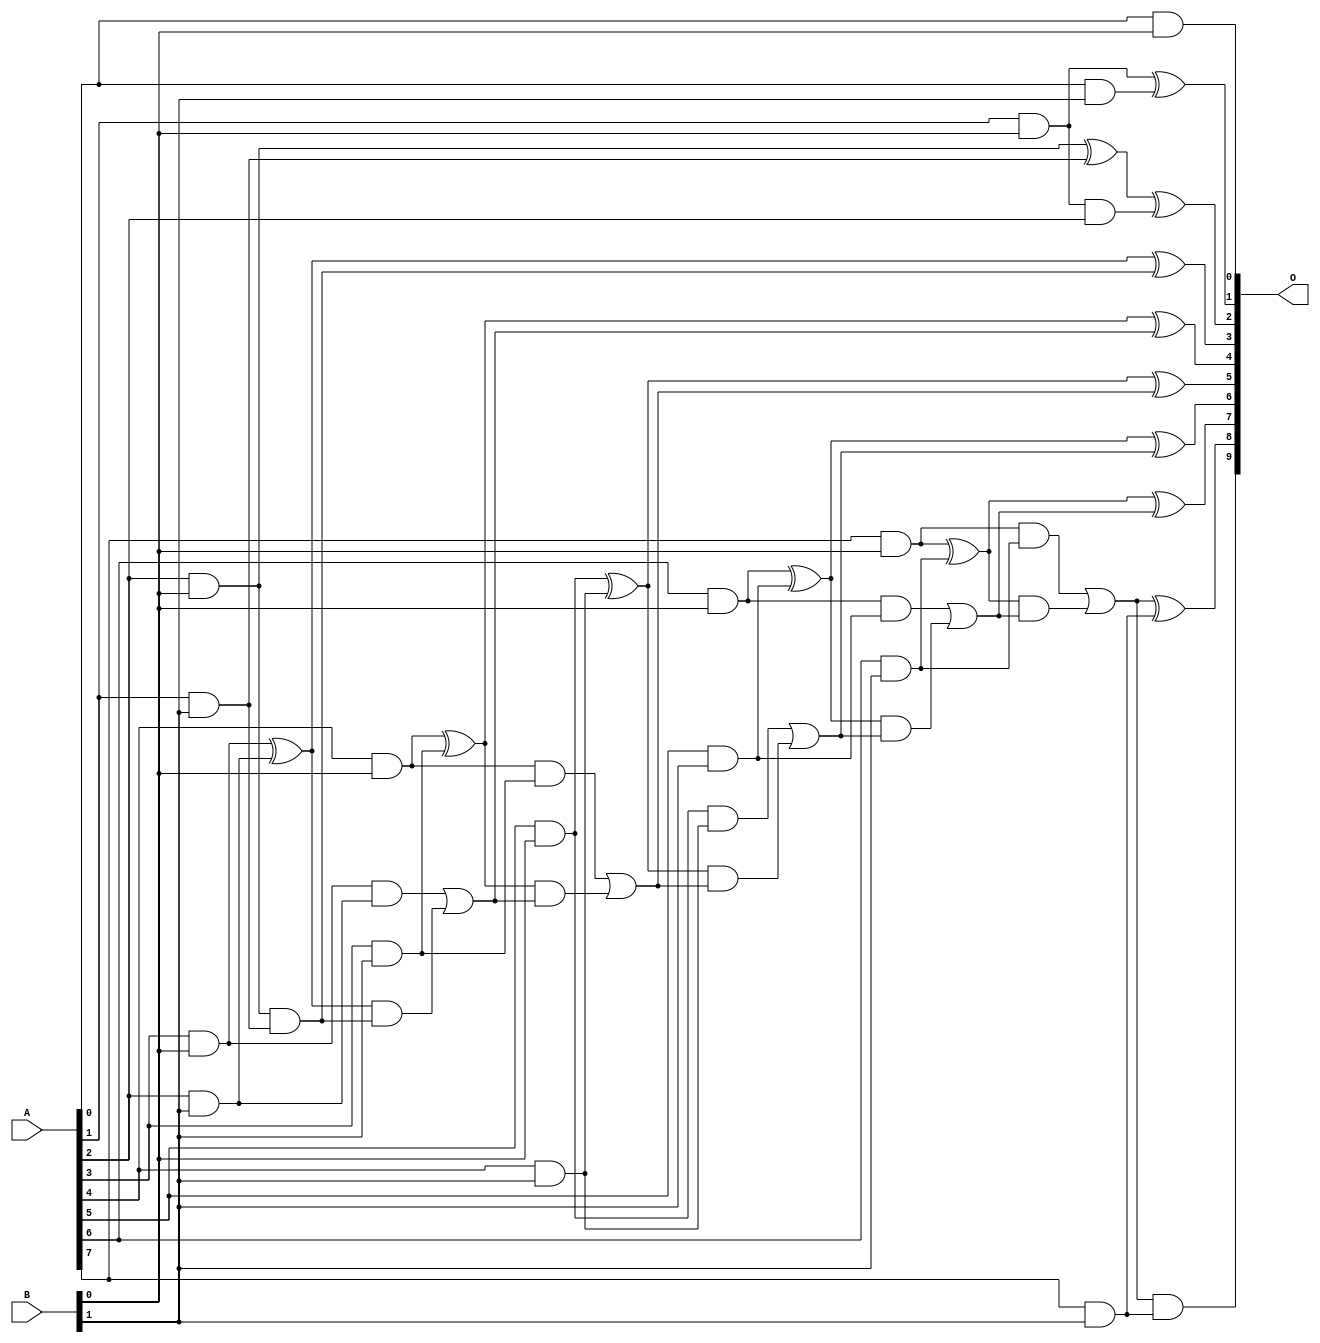
/***
* This code is a part of EvoApproxLib library (ehw.fit.vutbr.cz/approxlib) distributed under The MIT License.
* When used, please cite the following article(s): V. Mrazek, L. Sekanina, Z. Vasicek "Libraries of Approximate Circuits: Automated Design and Application in CNN Accelerators" IEEE Journal on Emerging and Selected Topics in Circuits and Systems, Vol 10, No 4, 2020 
* This file contains a circuit from a sub-set of pareto optimal circuits with respect to the pwr and ep parameters
***/
// MAE% = 0.049 %
// MAE = 0.5 
// WCE% = 0.39 %
// WCE = 4.0 
// WCRE% = 66.67 %
// EP% = 12.50 %
// MRE% = 0.81 %
// MSE = 2.0 
// PDK45_PWR = 0.030 mW
// PDK45_AREA = 112.2 um2
// PDK45_DELAY = 0.58 ns

module mul8x2u_166 (
    A,
    B,
    O
);

input [7:0] A;
input [1:0] B;
output [9:0] O;

wire sig_10,sig_11,sig_12,sig_13,sig_14,sig_15,sig_16,sig_17,sig_18,sig_19,sig_20,sig_21,sig_22,sig_23,sig_24,sig_25,sig_26,sig_27,sig_28,sig_29;
wire sig_31,sig_33,sig_34,sig_35,sig_36,sig_37,sig_38,sig_39,sig_40,sig_41,sig_42,sig_43,sig_44,sig_45,sig_46,sig_47,sig_48,sig_49,sig_50,sig_51;
wire sig_52,sig_53,sig_54,sig_55,sig_56,sig_57,sig_58,sig_59;

assign sig_10 = A[0] & B[0];
assign sig_11 = A[1] & B[0];
assign sig_12 = A[2] & B[0];
assign sig_13 = A[3] & B[0];
assign sig_14 = A[4] & B[0];
assign sig_15 = A[5] & B[0];
assign sig_16 = A[6] & B[0];
assign sig_17 = A[7] & B[0];
assign sig_18 = A[0] & B[1];
assign sig_19 = A[1] & B[1];
assign sig_20 = A[2] & B[1];
assign sig_21 = A[3] & B[1];
assign sig_22 = A[4] & B[1];
assign sig_23 = A[5] & B[1];
assign sig_24 = A[6] & B[1];
assign sig_25 = A[7] & B[1];
assign sig_26 = sig_11 & A[2];
assign sig_27 = sig_11 ^ sig_18;
assign sig_28 = sig_12 ^ sig_19;
assign sig_29 = sig_12 & sig_19;
assign sig_31 = sig_28 ^ sig_26;
assign sig_33 = sig_13 ^ sig_20;
assign sig_34 = sig_13 & sig_20;
assign sig_35 = sig_33 & sig_29;
assign sig_36 = sig_33 ^ sig_29;
assign sig_37 = sig_34 | sig_35;
assign sig_38 = sig_14 ^ sig_21;
assign sig_39 = sig_14 & sig_21;
assign sig_40 = sig_38 & sig_37;
assign sig_41 = sig_38 ^ sig_37;
assign sig_42 = sig_39 | sig_40;
assign sig_43 = sig_15 ^ sig_22;
assign sig_44 = sig_15 & sig_22;
assign sig_45 = sig_43 & sig_42;
assign sig_46 = sig_43 ^ sig_42;
assign sig_47 = sig_44 | sig_45;
assign sig_48 = sig_16 ^ sig_23;
assign sig_49 = sig_16 & sig_23;
assign sig_50 = sig_48 & sig_47;
assign sig_51 = sig_48 ^ sig_47;
assign sig_52 = sig_49 | sig_50;
assign sig_53 = sig_17 ^ sig_24;
assign sig_54 = sig_17 & sig_24;
assign sig_55 = sig_53 & sig_52;
assign sig_56 = sig_53 ^ sig_52;
assign sig_57 = sig_54 | sig_55;
assign sig_58 = sig_57 & sig_25;
assign sig_59 = sig_57 ^ sig_25;

assign O[9] = sig_58;
assign O[8] = sig_59;
assign O[7] = sig_56;
assign O[6] = sig_51;
assign O[5] = sig_46;
assign O[4] = sig_41;
assign O[3] = sig_36;
assign O[2] = sig_31;
assign O[1] = sig_27;
assign O[0] = sig_10;

endmodule